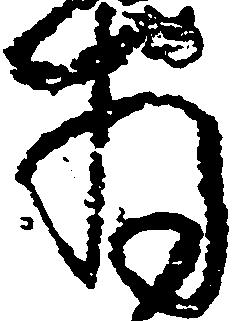
拝